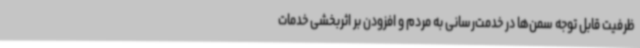
ظرفیت قابل توجه سمن‌ها در خدمت‌رسانی به مردم و افزودن بر اثربخشی خدمات